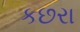
કછરા